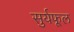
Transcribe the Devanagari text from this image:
सुर्यफूल